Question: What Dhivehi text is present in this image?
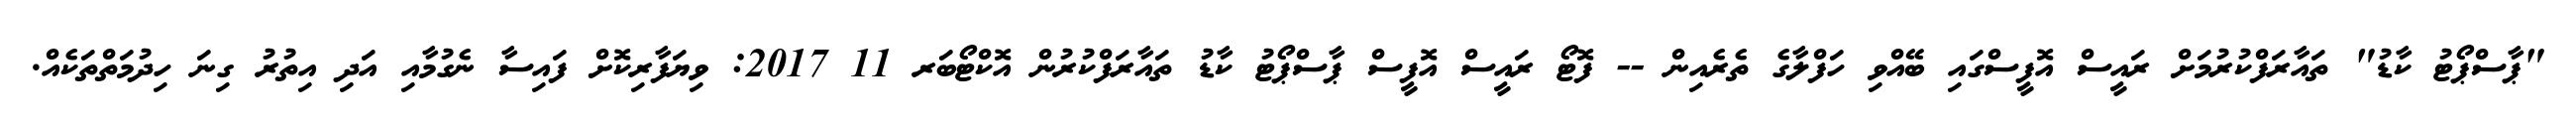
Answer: "ޕާސްޕޯޓު ކާޑު" ތައާރަފްކުރުމަށް ރައީސް އޮފީސްގައި ބޭއްވި ހަފްލާގެ ތެރެއިން -- ފޮޓޯ ރައީސް އޮފީސް ޕާސްޕޯޓު ކާޑު ތައާރަފްކުރުން އޮކްޓޯބަރ 11 2017: ވިޔަފާރިކޮށް ފައިސާ ނެގުމާއި އަދި އިތުރު ގިނަ ހިދުމަތްތަކެއް.